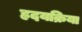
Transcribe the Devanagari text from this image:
ह्रदयक्रिया